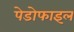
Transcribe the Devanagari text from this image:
पेडोफाइल